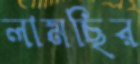
লামছির